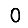
Digit: 0